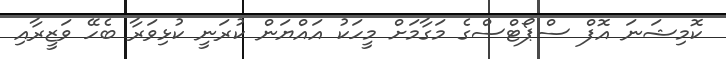
ކޮމިޝަނަ އޮފް ސްޕޯޓްސްގެ މަގާމަށް މީހަކު އައްޔަން ކުރަނީ ކުޅިވަރާ ބެހޭ ވަޒީރާއި